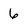
Character: 6